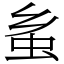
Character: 蚃